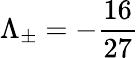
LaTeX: \Lambda_{\pm}=-\frac{16}{27}